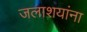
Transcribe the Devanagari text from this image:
जलाशयांना